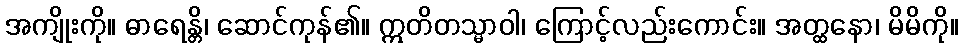
အကျိုးကို။ ဓာရေန္တိ၊ ဆောင်ကုန်၏။ ဣတိတသ္မာဝါ၊ ကြောင့်လည်းကောင်း။ အတ္ထနော၊ မိမိကို။